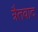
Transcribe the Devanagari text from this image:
त्रैतवाद